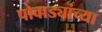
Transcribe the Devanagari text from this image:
पोवाड्यांच्या